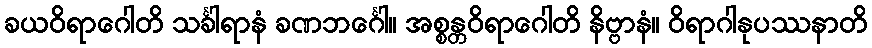
ခယဝိရာဂေါတိ သင်္ခါရာနံ ခဏဘင်္ဂေါ။ အစ္စန္တဝိရာဂေါတိ နိဗ္ဗာနံ။ ဝိရာဂါနုပဿနာတိ